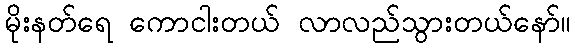
မိုးနတ်ရေ ကောငါးတယ် လာလည်သွားတယ်နော်။